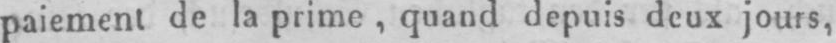
paiement de la prime, quand depuis deux jours,